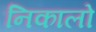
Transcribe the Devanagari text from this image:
निकालो